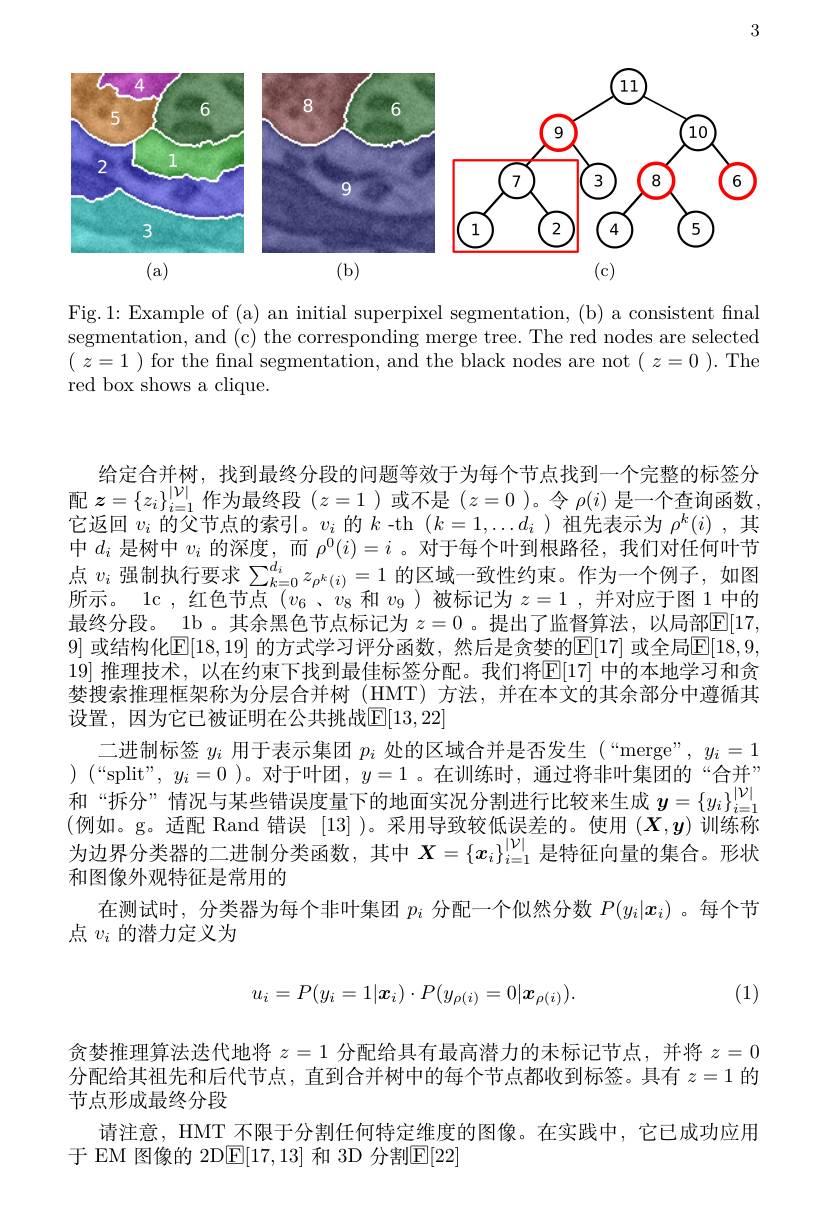
3

<FigureHere>

Fig.1: Example of (a) an initial superpixel segmentation, (b) a consistent final segmentation, and (c) the corresponding merge tree. The red nodes are selected ( $z= 1$ ) for the final segmentation, and the black nodes are not ( $z= 0$ ). The red box shows a clique.

给定合并树，找到最终分段的问题等效于为每个节点找到一个完整的标签分配$z=\{z_i\}_{i=1}^{|\mathcal{V}|}$作为最终段$(z=1$ )或不是$(z=0$ )。令$\rho(i)$是一个查询函数， 它返回$v_i$的父节点的索引。$v_i$的$k$ -th $(k=1,\ldots d_i)$祖先表示为$\rho^k(i)$ ,其中$d_i$是树中$v_i$的深度，而$\rho^0(i)=i$ 。对于每个叶到根路径，我们对任何叶节点$v_i$强制执行要求$\sum_k=0^{d_i}z_{\rho^k(i)}=1$的区域一致性约束。作为一个例子，如图所示。lc , 红色节点$(v_6$、$v_8$和$v_9$ )被标记为$z=1$ ,并对应于图 1 中的最终分段。\_1b\_其余黑色节点标记为 $z=0$ 。提出了监督算法，以局部$\underline{\mathrm{E}}[17$, 9] 或结构化$\mathbb{E}[18,19]$ 的方式学习评分函数，然后是贪婪的$\mathbb{E}[17]$ 或全局$\mathbb{E}[18,9$, 19] 推理技术，以在约束下找到最佳标签分配。我们将$\boxed{\mathrm{E}}[17]$ 中的本地学习和贪婪搜索推理框架称为分层合并树 (HMT) 方法，并在本文的其余部分中遵循其设置，因为它已被证明在公共挑战$\overline{\mathrm{E}}[13,22]$
二进制标签$y_i$用于表示集团$p_i$处的区域合并是否发生(“merge”,$y_i=1$ ) $( “$split",$y_i=0$ )。对于叶团，$y=1$ 。在训练时，通过将非叶集团的“合并” 和“拆分”情况与某些错误度量下的地面实况分割进行比较来生成$y=\{y_i\}_{i=1}^{|\mathcal{V}|}$ (例如。g。适配 Rand 错误[13])。采用导致较低误差的。使用$(\boldsymbol X,\boldsymbol y)$训练称为边界分类器的二进制分类函数，其中$X=\{x_i\}_{i=1}^{|\mathcal{V}|}$是特征向量的集合。形状和图像外观特征是常用的
在测试时，分类器为每个非叶集团$p_i$分配一个似然分数$P(y_i|x_i)$ 。每个节
点$v_i$的潜力定义为

(1)
$$u_i=P(y_i=1|\boldsymbol{x}_i)\cdot P(y_{\rho(i)}=0|\boldsymbol{x}_{\rho(i)}).$$
贪婪推理算法迭代地将$z=1$分配给具有最高潜力的未标记节点，并将$z=0$ 分配给其祖先和后代节点，直到合并树中的每个节点都收到标签。具有$z=1$的节点形成最终分段
请注意，HMT 不限于分割任何特定维度的图像。在实践中，它已成功应用
于 EM 图像的 2D$\boxed{\mathrm{E}}|17,13|$ 和 3D 分割$\boxed{\mathrm{E}}|22$